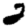
Digit: 2